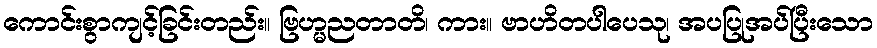
ကောင်းစွာကျင့်ခြင်းတည်း။ ဗြဟ္မညတာတိ၊ ကား။ ဗာဟိတပါပေသု၊ အပပြုအပ်ပြီးသော